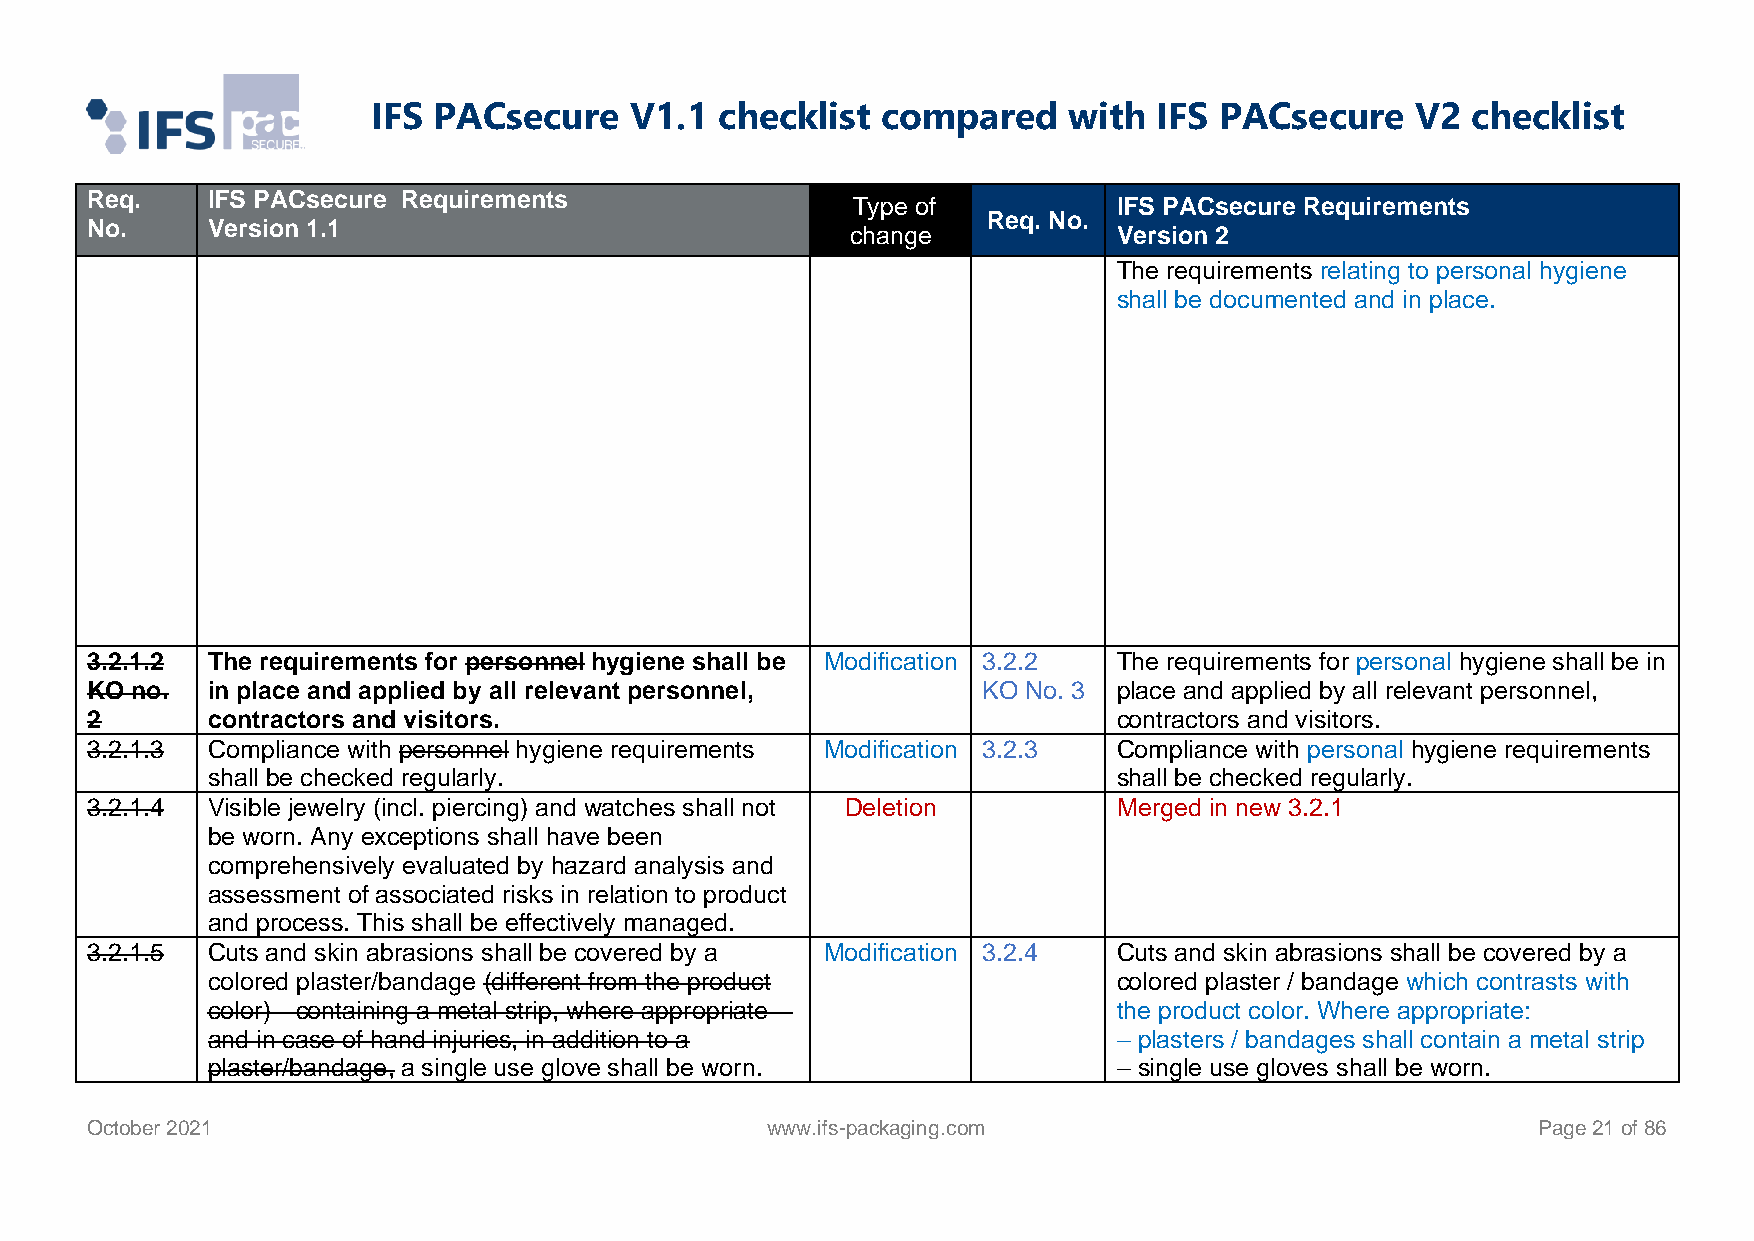
IFS PACsecure    V1.1  checklist compared     with  IFS PACsecure    V2 checklist
 Req.    IFS PACsecure Requirements
 Type of           IFS PACsecure Requirements
 Req. No.
 No.     Version 1.1                               change            Version 2
 The requirements relating to personal hygiene
 shall be documented and in place.
 3.2.1.2 The requirements for personnel hygiene shall be Modification 3.2.2 The requirements for personal hygiene shall be in
 KO no.  in place and applied by all relevant personnel,    KO No. 3 place and applied by all relevant personnel,
 2       contractors and visitors.                                   contractors and visitors.
 3.2.1.3 Compliance with personnel hygiene requirements Modification 3.2.3 Compliance with personal hygiene requirements
 shall be checked regularly.                                 shall be checked regularly.
 3.2.1.4 Visible jewelry (incl. piercing) and watches shall not Deletion Merged in new 3.2.1
 be worn. Any exceptions shall have been
 comprehensively evaluated by hazard analysis and
 assessment of associated risks in relation to product
 and process. This shall be effectively managed.
 3.2.1.5 Cuts and skin abrasions shall be covered by a Modification 3.2.4 Cuts and skin abrasions shall be covered by a
 colored plaster/bandage (different from the product         colored plaster / bandage which contrasts with
 color)—containing a metal strip, where appropriate—         the product color. Where appropriate:
 and in case of hand injuries, in addition to a              – plasters / bandages shall contain a metal strip
 plaster/bandage, a single use glove shall be worn.          – single use gloves shall be worn.
 October 2021                                 www.ifs-packaging.com                              Page 21 of 86